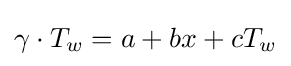
\gamma \cdot T_{w}=a+bx+cT_{w}